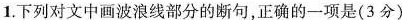
1.下列对文中画波浪线部分的断句,正确的一项是(3分)